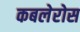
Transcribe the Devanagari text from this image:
कबलेरोस